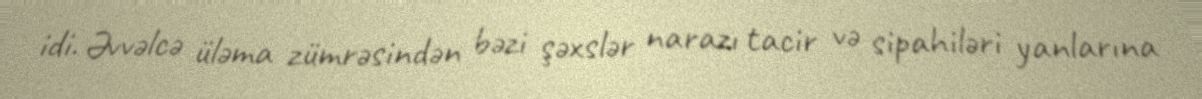
idi. Əvvəlcə üləma zümrəsindən bəzi şəxslər narazı tacir və sipahiləri yanlarına